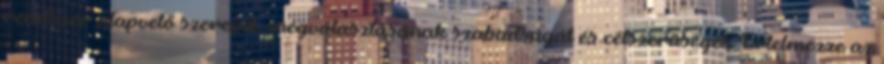
rendszer alapvető szerepét, megválasztásának szabadságát és célszerűségét. Értelmezze az